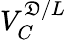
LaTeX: V_{C}^{\mathfrak{D}/L}